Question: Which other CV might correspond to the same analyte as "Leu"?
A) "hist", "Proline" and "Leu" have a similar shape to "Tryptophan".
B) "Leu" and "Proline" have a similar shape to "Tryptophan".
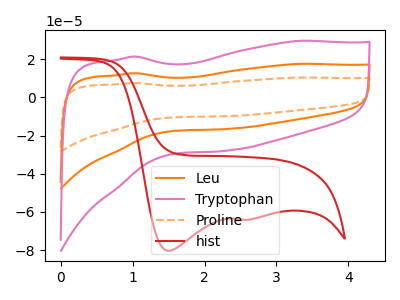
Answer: <think>The orange curve "Leu" has no peaks. The pink curve "Tryptophan" has no peaks. The orange dashed curve "Proline" has no peaks. The red curve "hist" has cathodic peaks at (1.50V, -80.30uA) (2.60V, -64.05uA).
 Neither "Leu" or "Tryptophan" have any peaks. Neither "Leu" or "Proline" have any peaks. "Leu" and "hist" have a different number of peaks. Neither "Tryptophan" or "Proline" have any peaks. "Tryptophan" and "hist" have a different number of peaks. "Proline" and "hist" have a different number of peaks.</think>
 <answer>B) "Leu" and "Proline" have a similar shape to "Tryptophan".</answer>
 <eval>B</eval>